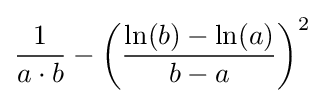
{\frac {1}{a\cdot b}}-\left({\frac {\ln(b)-\ln(a)}{b-a}}\right)^{2}